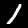
Label: 1